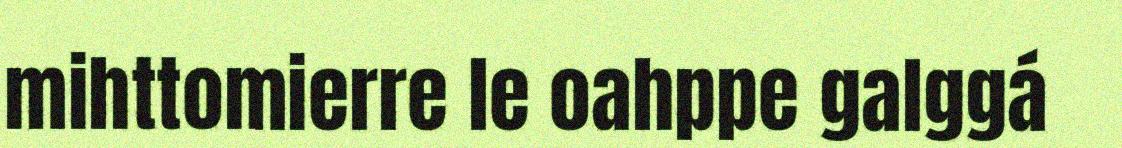
mihttomierre le oahppe galggá